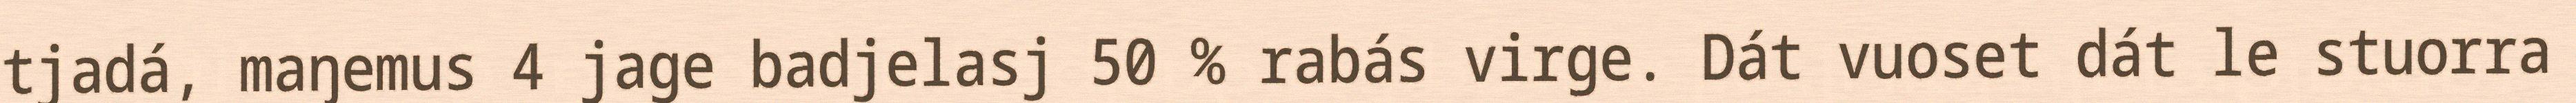
tjadá, maŋemus 4 jage badjelasj 50 % rabás virge. Dát vuoset dát le stuorra